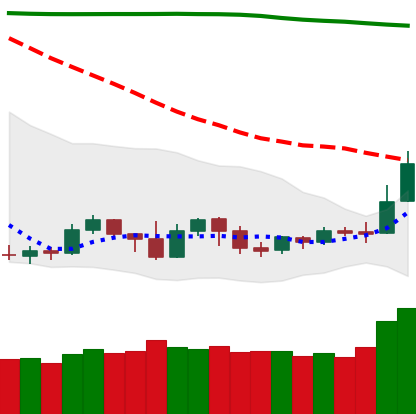
Ticker: NEO-USD
Chart end date: 2019-09-18
Forward return: -14.733%
Label: down_7plus